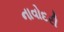
નાવોદરી